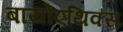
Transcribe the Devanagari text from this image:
बायोएथिक्स